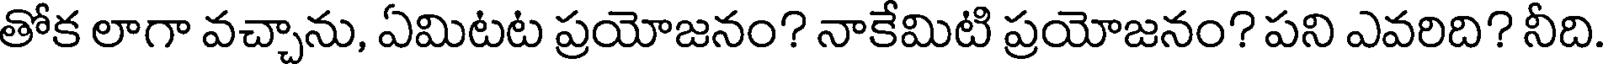
తోక లాగా వచ్చాను, ఏమిటట ప్రయోజనం? నాకేమిటి ప్రయోజనం? పని ఎవరిది? నీది